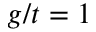
g / t = 1